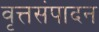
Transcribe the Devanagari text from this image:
वृत्तसंपादन